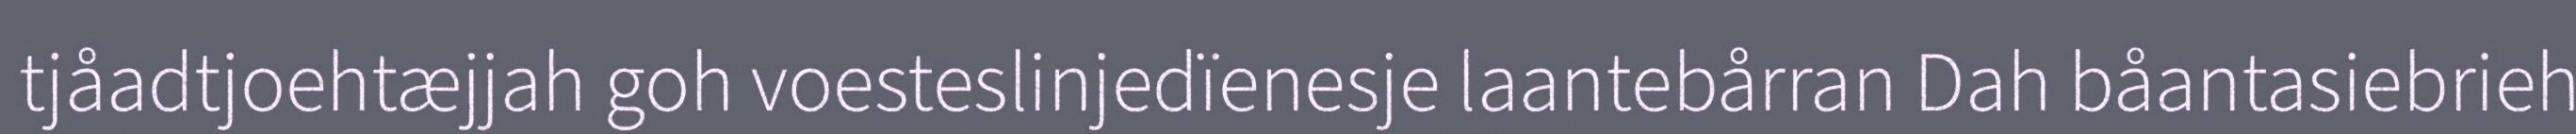
tjåadtjoehtæjjah goh voesteslinjedïenesje laantebårran Dah båantasiebrieh